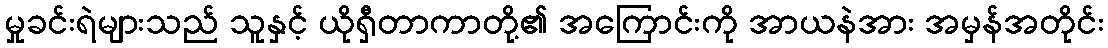
မှုခင်းရဲများသည် သူနှင့် ယိုရှီတာကာတို့၏ အကြောင်းကို အာယနဲအား အမှန်အတိုင်း